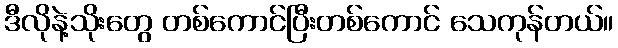
ဒီလိုနဲ့သိုးတွေ တစ်ကောင်ပြီးတစ်ကောင် သေကုန်တယ်။